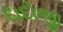
દાદોજી